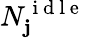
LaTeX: N_{\mathbf{j}}^{\mathrm{{~i~d~l~e~}}}